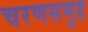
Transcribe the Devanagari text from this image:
चरणसमुह